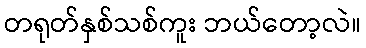
တရုတ်နှစ်သစ်ကူး ဘယ်တော့လဲ။